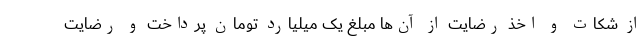
از شکات و اخذ رضایت از آن‌ها مبلغ یک میلیارد تومان پرداخت و رضایت